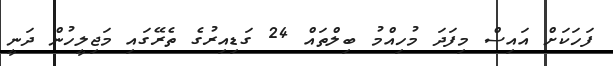
ފަހަކަށް އައިސް މިފަދަ މުހިއްމު ބިލްތައް 24 ގަޑިއިރުގެ ތެރޭގައި މަޖިލީހުން ދަނީ